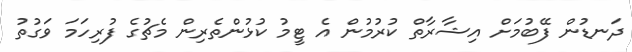
ދަނޑުން ފޭބުމަށް އިޝާރާތް ކުރުމުން އެ ޓީމު ކުޅުންތެރިން މެޗުގެ ފުރިހަމަ ވަގުތު